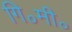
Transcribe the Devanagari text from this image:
गि॰मी॰